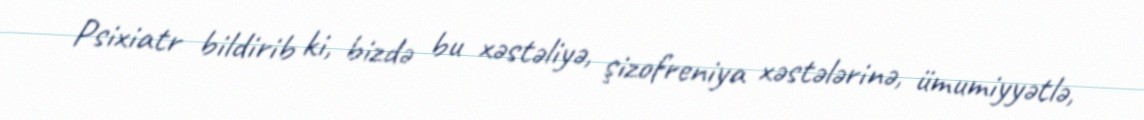
Psixiatr bildirib ki, bizdə bu xəstəliyə, şizofreniya xəstələrinə, ümumiyyətlə,